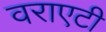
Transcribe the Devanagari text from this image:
वराएटी